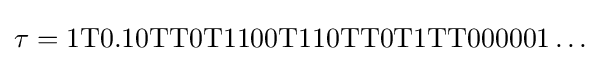
\tau =\mathrm {1T0.10TT0T1100T110TT0T1TT000001} \ldots